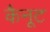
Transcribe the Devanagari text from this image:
कैनूट